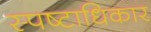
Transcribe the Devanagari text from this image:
स्पष्टाधिकार